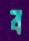
ব